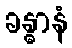
ခန္ဓာနံ